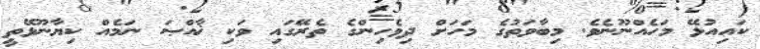
ކައިއުޅޭ މަހެއްނޫނެވެ. މިބާވަތުގެ މަހަށް ދިވެހިންގެ ތެރޭގައި ވަކި ޚާއްޞަ ނަމެއް ކިޔާނޫޅޭތީ